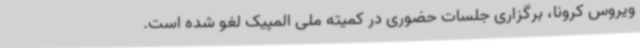
ویروس کرونا، برگزاری جلسات حضوری در کمیته ملی المپیک لغو شده است.